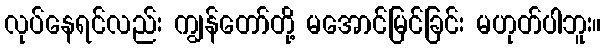
လုပ်နေရင်လည်း ကျွန်တော်တို့ မအောင်မြင်ခြင်း မဟုတ်ပါဘူး။